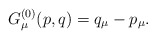
\begin{align*}G_\mu^{(0)}(p,q) = q_\mu - p_\mu .\end{align*}